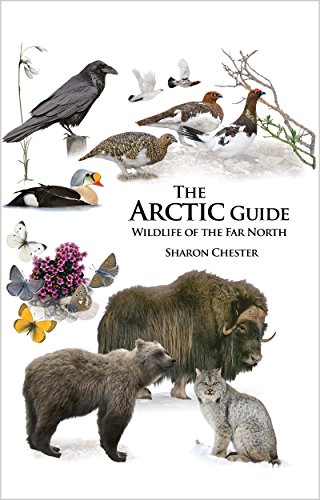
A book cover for The Arctic Guide: Wildlife of the Far North; Sharon Chester; Travel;